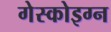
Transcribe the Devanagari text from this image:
गेस्कोइग्न